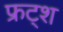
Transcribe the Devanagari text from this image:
फ्रट्श